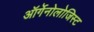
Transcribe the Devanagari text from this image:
ऑर्गेनोलोजिस्ट